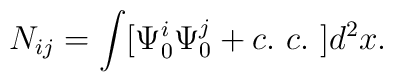
N_{ij}=\int[\Psi_0^i\Psi_0^j + c.\ c.\ ]d^2x.